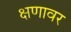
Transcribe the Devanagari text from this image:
क्षणावर